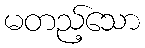
မတည့်သော